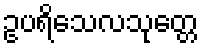
ဥပရိသေလသုတ္တေ